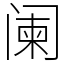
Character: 阑